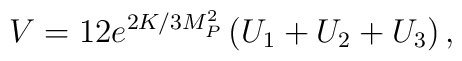
V = 12 e^{2K/3M_P^2} \left(U_1 + U_2 + U_3\right),